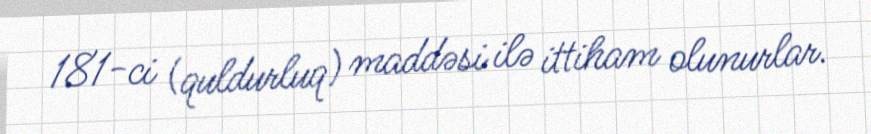
181-ci (quldurluq) maddəsi ilə ittiham olunurlar.